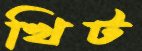
খিট